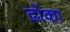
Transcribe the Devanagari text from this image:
ढोंका